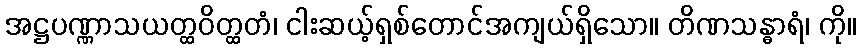
အဋ္ဌပဏ္ဏာသယတ္ထဝိတ္ထတံ၊ ငါးဆယ့်ရှစ်တောင်အကျယ်ရှိသော။ တိဏသန္ဓာရံ၊ ကို။